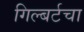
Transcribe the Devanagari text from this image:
गिल्बर्टचा